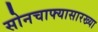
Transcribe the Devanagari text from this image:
सोनचाफ्यासारख्या